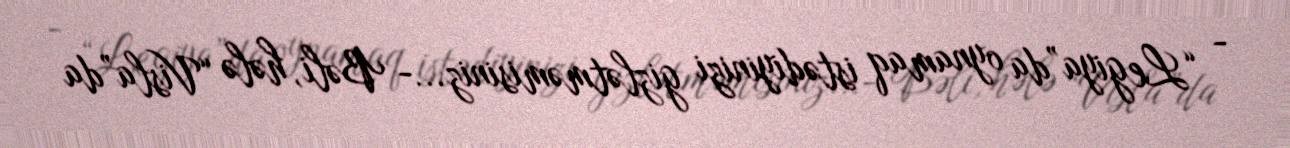
- “Legiya”da oynamaq istədiyinizi gizlətməmisiniz...- Bəli, hələ “Visla”da